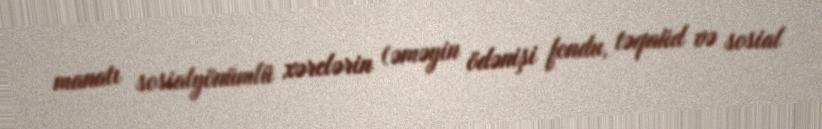
manatı sosialyönümlü xərclərin (əməyin ödənişi fondu, təqaüd və sosial